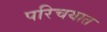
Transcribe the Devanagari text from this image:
परिचयात